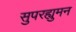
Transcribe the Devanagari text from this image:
सुपरह्युमन